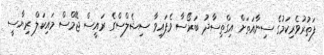
ފަތުރުވެރިކަމުގެ ސިނާއަތަށް އިގްތިސާދު ބަރޯސާ ވެފައިވާ ސިޝެލްސްގެ ރައީސް ޖޭމްސް މައިކަލް ރިޔާސީ